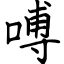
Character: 㗘